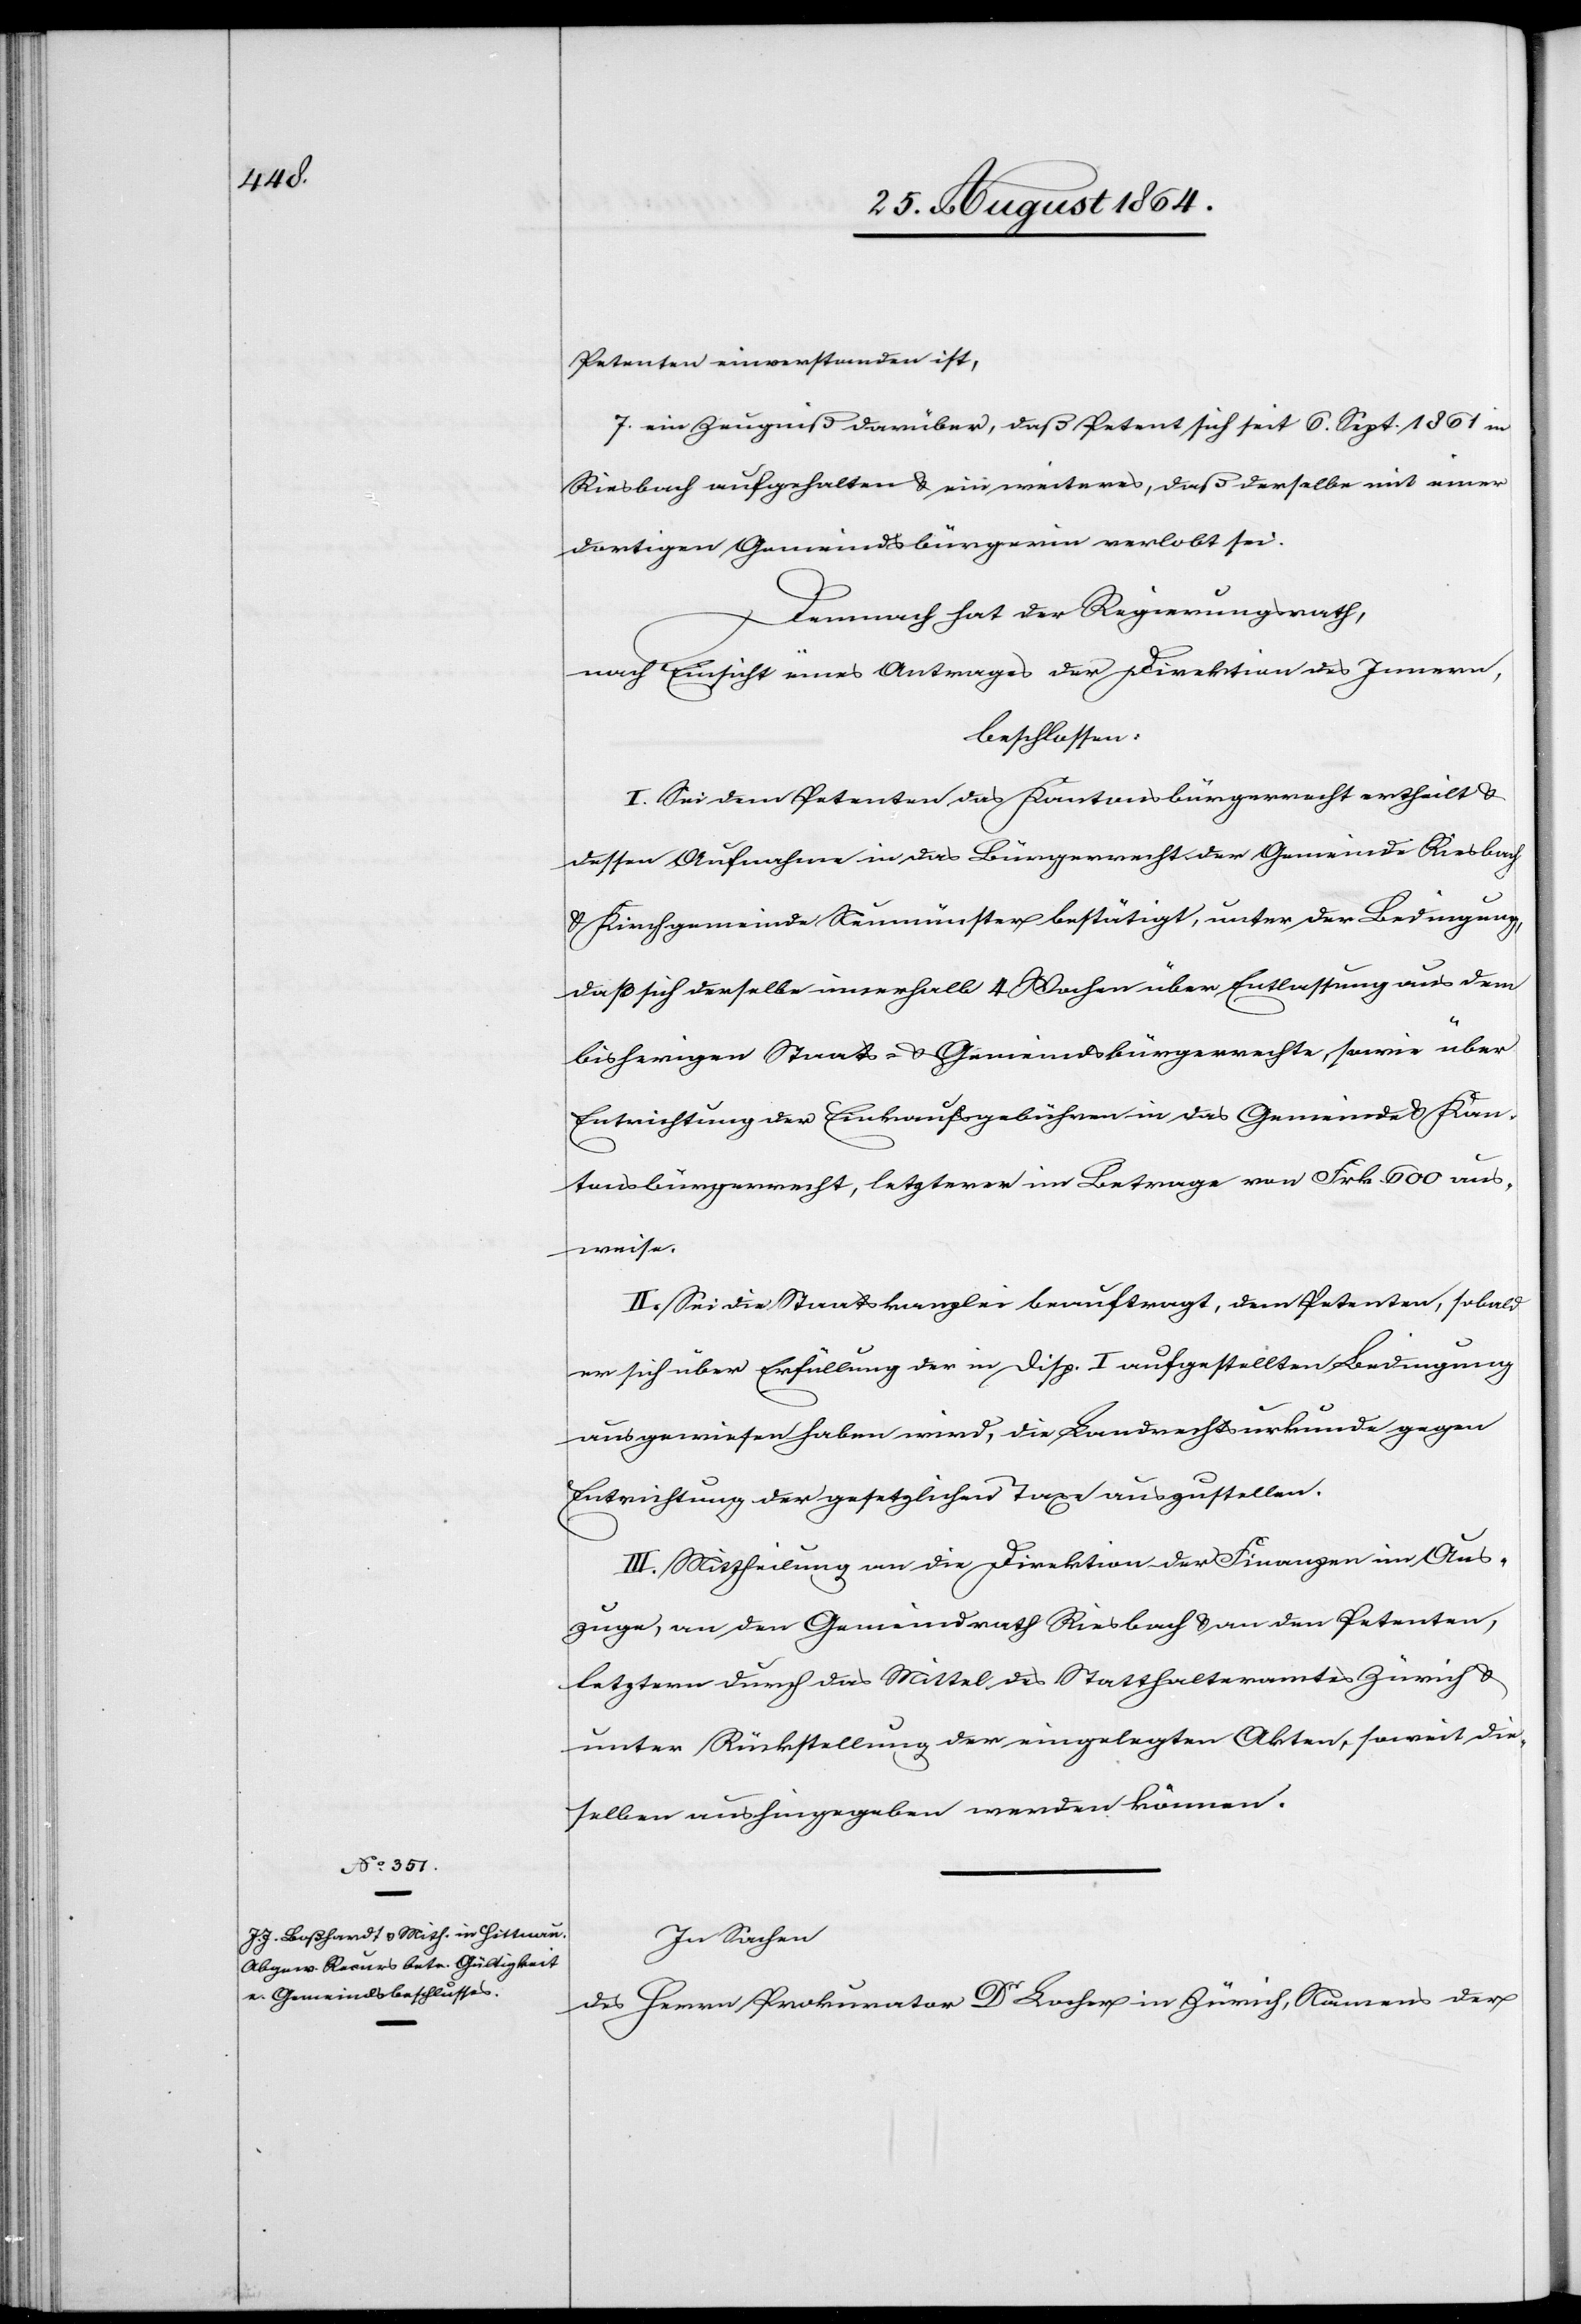
Petenten einverstanden ist,
7. ein Zeugniß darüber, daß Petent sich seit 6. Sept. 1861 in
Riesbach aufgehalten & ein weiteres, daß derselbe mit einer
dortigen Gemeindsbürgerin verlobt sei.
Demnach hat der Regierungsrath,
nach Einsicht eines Antrages der Direktion des Innern,
beschlossen:
I. Sei dem Petenten das Kantonsbürgerrecht ertheilt &
dessen Aufnahme in das Bürgerrecht der Gemeinde Riesbach
& Kirchgemeinde Neumünster bestätigt, unter der Bedingung,
daß sich derselbe innerhalb 4 Wochen über Entlassung aus dem
bisherigen Staats- & Gemeindsbürgerrechte, sowie über
Entrichtung der Einkaufsgebühren in das Gemeinde[-] & Kan¬
tonsbürgerrecht, letztere im Betrag von Frk. 600 aus¬
weise.
II. Sei die Staatskanzlei beauftragt, den Petenten, sobald
er sich über Erfüllung der in Disp. I aufgestellten Bedingungen
ausgewiesen haben wird, die Landrechtsurkunde gegen
Entrichtung der gesetzlichen Taxe auszustellen.
III. Mittheilung an die Direktion der Finanzen im Aus¬
zuge, an den Gemeindrath Riesbach & an den Petenten,
letztern durch das Mittel des Statthalteramtes Zürich &
unter Rückstellung der eingelegten Akten, soweit die¬
se aushingegeben werden können.
In Sachen
des Herrn Prokurator Dr Locher in Zürich, Namens der